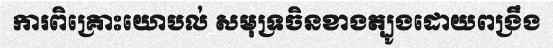
ការពិគ្រោះយោបល់ សមុទ្រចិនខាងត្បូងដោយពង្រឹង